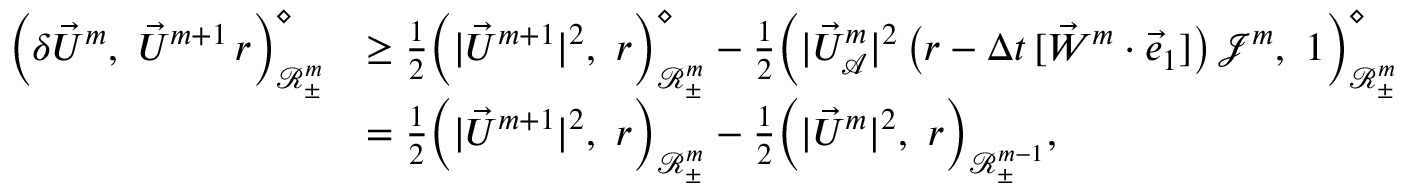
\begin{array} { r l } { \Bigl ( \delta \vec { U } ^ { m } , ~ \vec { U } ^ { m + 1 } \, r \Bigr ) _ { \mathscr { R } _ { \pm } ^ { m } } ^ { \diamond } } & { \geq \frac { 1 } { 2 } \Bigl ( | \vec { U } ^ { m + 1 } | ^ { 2 } , ~ r \Bigr ) _ { \mathscr { R } _ { \pm } ^ { m } } ^ { \diamond } - \frac { 1 } { 2 } \Bigl ( | \vec { U } _ { \mathcal { A } } ^ { m } | ^ { 2 } \, \bigl ( r - \Delta t \, [ \vec { W } ^ { m } \cdot \vec { e } _ { 1 } ] \bigr ) \, \mathcal { J } ^ { m } , ~ 1 \Bigr ) _ { \mathscr { R } _ { \pm } ^ { m } } ^ { \diamond } } \\ & { = \frac { 1 } { 2 } \Bigl ( | \vec { U } ^ { m + 1 } | ^ { 2 } , ~ r \Bigr ) _ { \mathscr { R } _ { \pm } ^ { m } } - \frac { 1 } { 2 } \Bigl ( | \vec { U } ^ { m } | ^ { 2 } , ~ r \Bigr ) _ { \mathscr { R } _ { \pm } ^ { m - 1 } } , } \end{array}